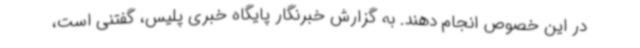
در این خصوص انجام دهند. به گزارش خبرنگار پایگاه خبری پلیس، گفتنی است،